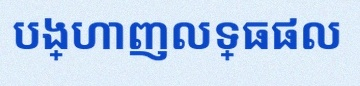
បង្ហាញលទ្ធផល